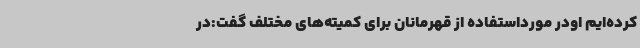
کرده‌ایم اودر مورداستفاده از قهرمانان برای کمیته‌های مختلف گفت:در